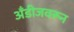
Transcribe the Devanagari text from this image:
अँडीजवरून